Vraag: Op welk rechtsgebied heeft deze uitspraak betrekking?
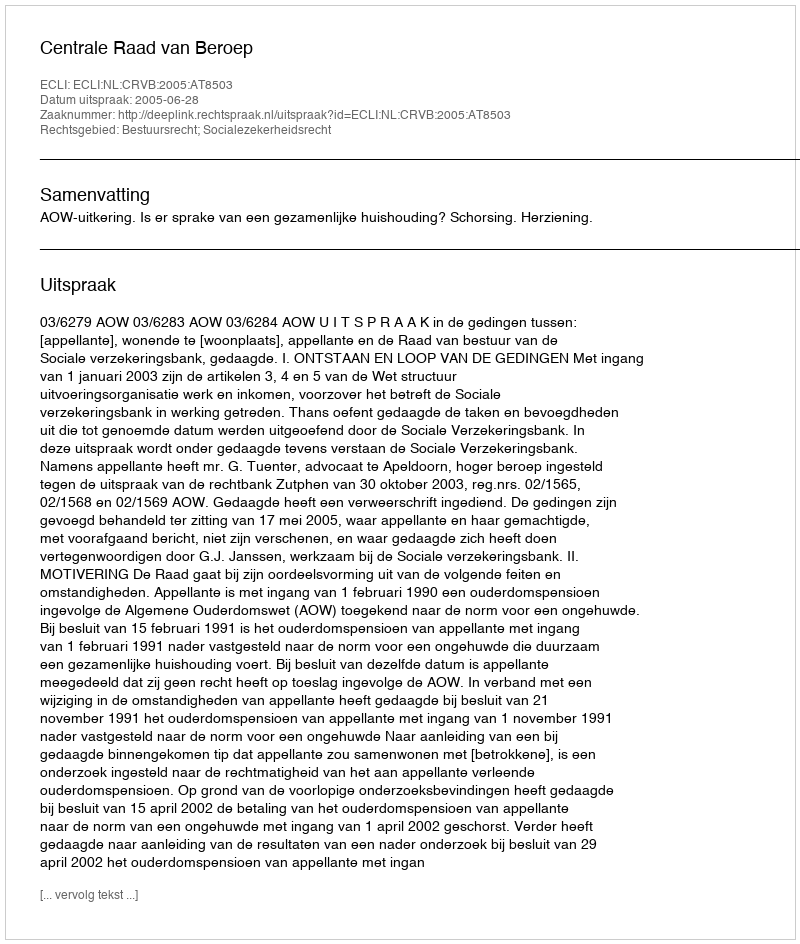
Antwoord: Bestuursrecht; Socialezekerheidsrecht